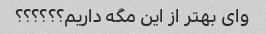
وای بهتر از این مگه داریم؟؟؟؟؟؟